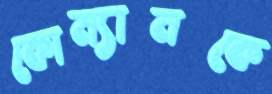
কোম্যানকে